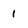
Character: 1